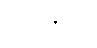
ရတနာ။)